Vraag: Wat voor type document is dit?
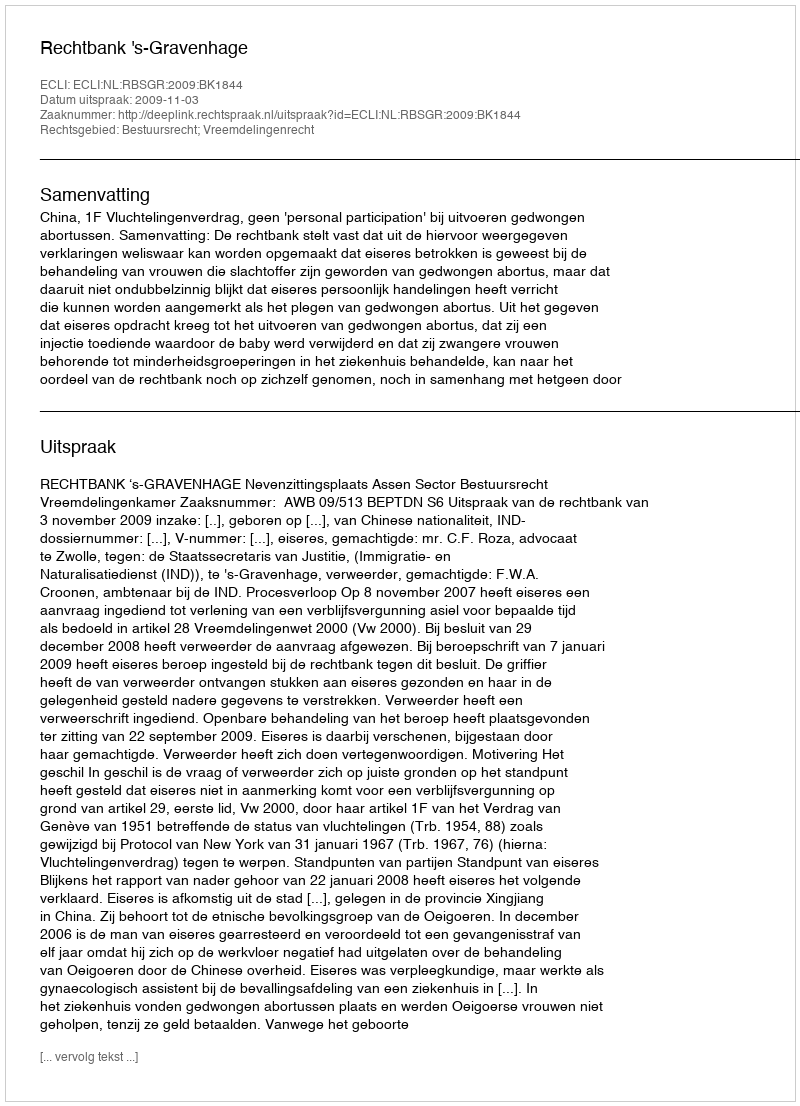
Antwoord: Uitspraak